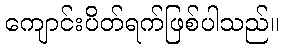
ကျောင်းပိတ်ရက်ဖြစ်ပါသည်။